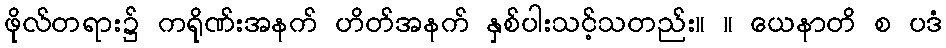
ဖိုလ်တရား၌ ကရိုဏ်းအနက် ဟိတ်အနက် နှစ်ပါးသင့်သတည်း။ ။ ယေနာတိ စ ပဒံ